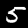
Label: 5